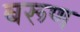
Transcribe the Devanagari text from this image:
बरूण